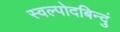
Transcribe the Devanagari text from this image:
स्वल्पोदबिन्दुं